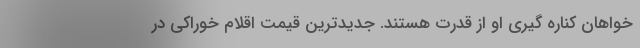
خواهان کناره گیری او از قدرت هستند. جدیدترین قیمت اقلام خوراکی در